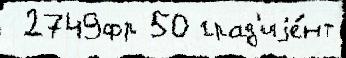
 2749фр 50 град'иjе́нт